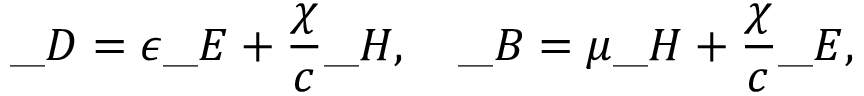
\_ D = \epsilon \_ E + \frac { \chi } { c } \_ H , \quad \_ B = \mu \_ H + \frac { \chi } { c } \_ E ,